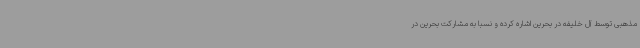
مذهبی توسط آل خلیفه در بحرین اشاره کرده و نسبا به مشارکت بحرین در